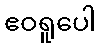
ဧဝရူပေါ